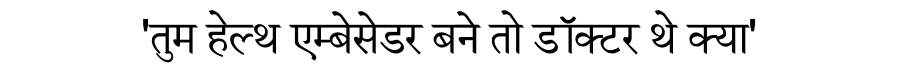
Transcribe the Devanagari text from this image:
'तुम हेल्थ एम्बेसेडर बने तो डॉक्टर थे क्या'